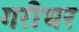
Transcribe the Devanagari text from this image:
गरीधर